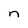
Character: n